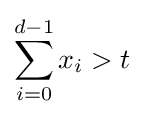
\sum _{i=0}^{d-1}x_{i}>t